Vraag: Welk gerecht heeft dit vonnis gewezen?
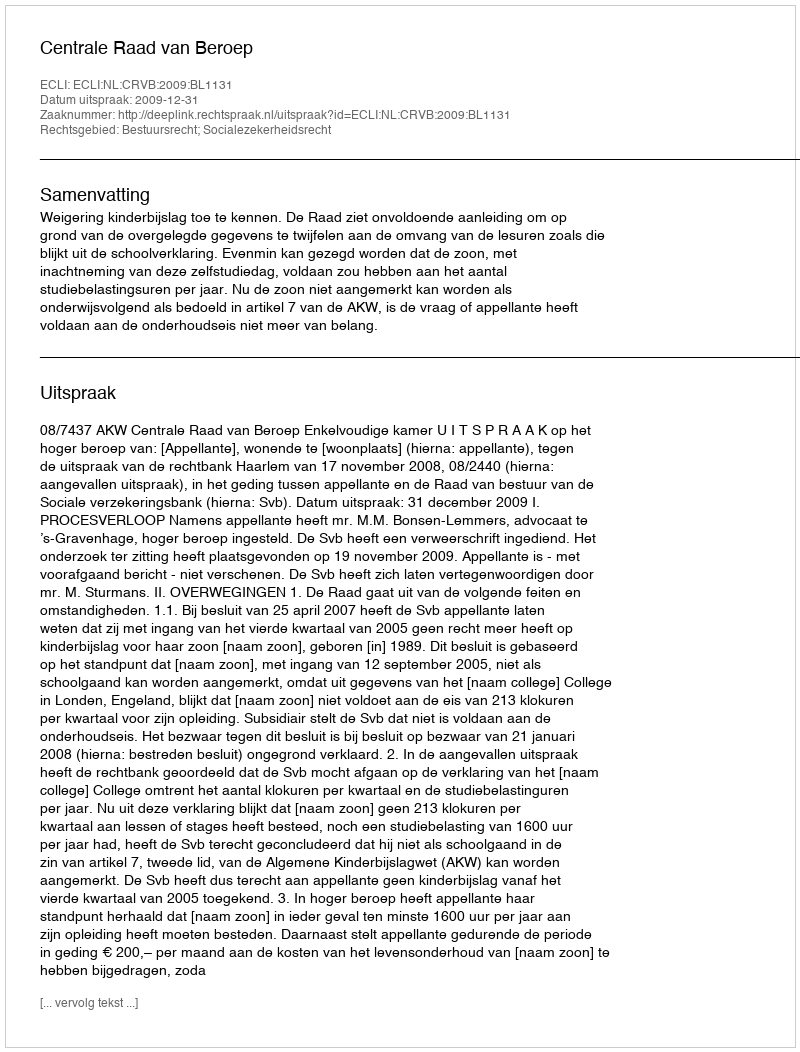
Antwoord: Centrale Raad van Beroep